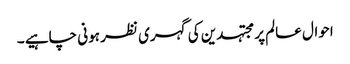
احوال عالم پر مجتہدین کی گہری نظر ہونی چاہیے ۔